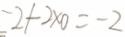
- 2 + 2 \times 0 = - 2